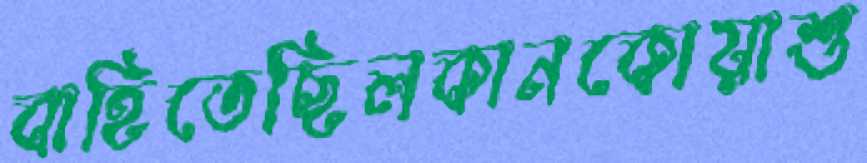
বাহিতেছিলকানকোয়াশু